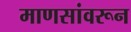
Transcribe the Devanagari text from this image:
माणसांवरून